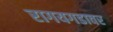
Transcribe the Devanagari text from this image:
रागयगडावर